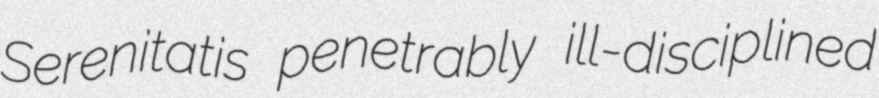
Serenitatis penetrably ill-disciplined